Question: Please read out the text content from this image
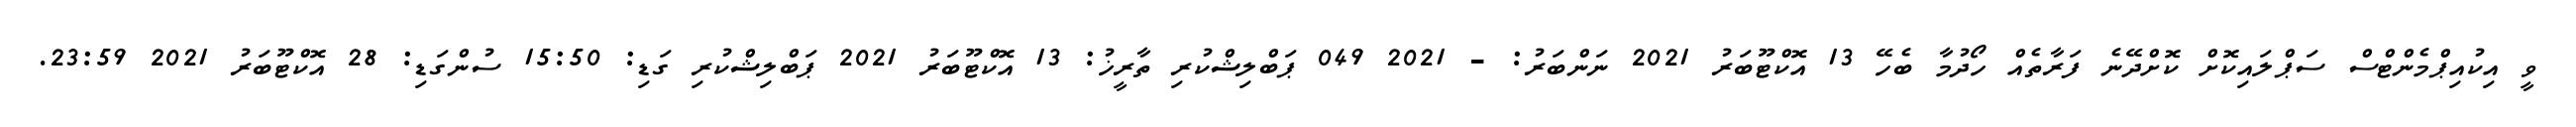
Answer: ވީ އިކުއިޕްމެންޓްސް ސަޕްލައިކޮށް ކޮށްދޭނެ ފަރާތެއް ހޯދުމާ ބެހޭ 13 އޮކްޓޫބަރު 2021 ނަންބަރު: - 2021 049 ޕަބްލިޝްކުރި ތާރީޚު: 13 އޮކްޓޫބަރު 2021 ޕަބްލިޝްކުރި ގަޑި: 15:50 ސުންގަޑި: 28 އޮކްޓޫބަރު 2021 23:59.